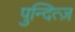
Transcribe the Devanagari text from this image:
पुन्दित्ज़